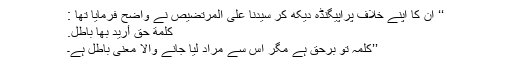
‘‘ ان کا اپنے خلاف پراپیگنڈہ دیکھ کر سیدنا علی المرتضیص نے واضح فرمایا تھا :
کَلِمَةُ حَقٍّ أُرِيْدَ بِهَا بَاطِلٌ.
’’کلمہ تو برحق ہے مگر اِس سے مراد لیا جانے والا معنی باطل ہے۔